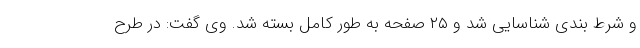
و شرط بندی شناسایی شد و ۲۵ صفحه به طور کامل بسته شد. وی گفت: در طرح